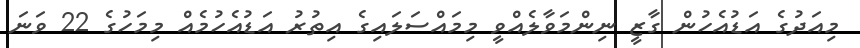
މިއަދުގެ އަޑުއެހުން ގާޒީ ނިންމަވާލެއްވީ މިމައްސަލައިގެ އިތުރު އަޑުއެހުމެއް މިމަހުގެ 22 ވަނަ